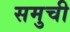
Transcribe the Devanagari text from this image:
समुची